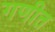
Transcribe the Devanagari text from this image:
गणीत